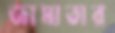
জামাতার